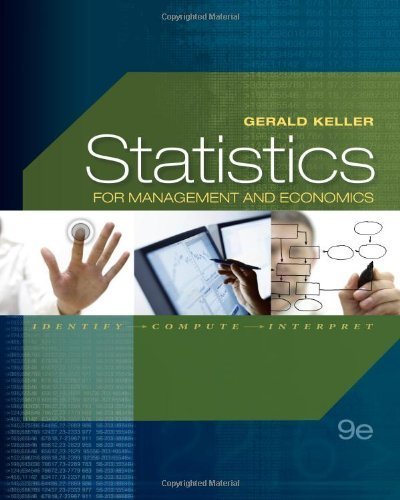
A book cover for Statistics for Management and Economics (with Online Content Printed Access Card) 9th (ninth) Edition by Keller, Gerald (2011); Computers & Technology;